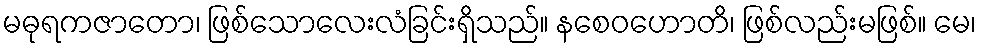
မဓုရကဇာတော၊ ဖြစ်သောလေးလံခြင်းရှိသည်။ နစေဝဟောတိ၊ ဖြစ်လည်းမဖြစ်။ မေ၊